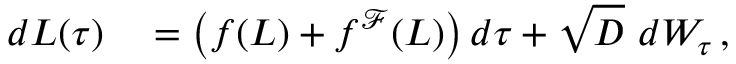
\begin{array} { r l } { d L ( \tau ) } & { { } = \left( f ( L ) + f ^ { \mathcal { F } } ( L ) \right) d \tau + \sqrt { D } \ d W _ { \tau } \, , } \end{array}